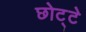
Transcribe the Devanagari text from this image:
छोट्टे